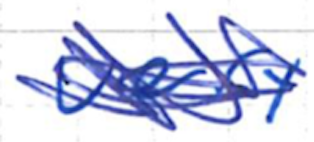
Text: very
Cross-out: mix
Writing tool: ballpoint